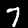
Label: 7